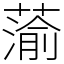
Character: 蕍